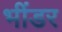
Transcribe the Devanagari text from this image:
भींडर